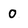
Character: 0